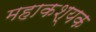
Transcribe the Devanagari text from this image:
महाकश्यक